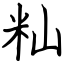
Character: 籼